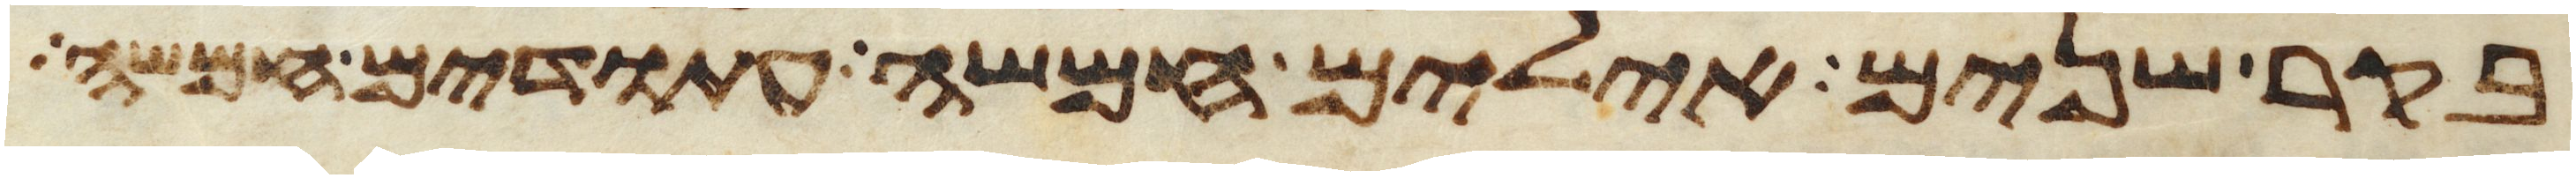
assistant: בקר שנים אילים חמשה עתודים חמשה